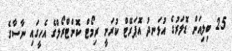
2.5 ބިލިއަން ޑޮލަރުގެ އުޅަނދު އޮޕަރޭޓް ކުރަނީ ރިމޯޓް ކޮންޓްރޯލްގެ އެހީގައި ނާސާގެ